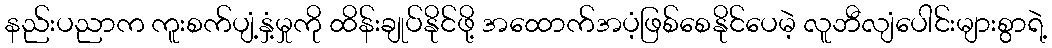
နည်းပညာက ကူးစက်ပျံ့နှံ့မှုကို ထိန်းချုပ်နိုင်ဖို့ အထောက်အပံ့ဖြစ်စေနိုင်ပေမဲ့ လူဘီလျံပေါင်းများစွာရဲ့